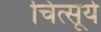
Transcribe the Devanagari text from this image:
चित्सूर्य